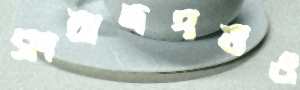
সংবাদপত্রও